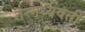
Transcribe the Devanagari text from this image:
तन्मध्यवर्ती